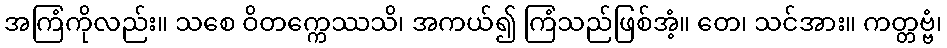
အကြံကိုလည်း။ သစေ ဝိတက္ကေဿသိ၊ အကယ်၍ ကြံသည်ဖြစ်အံ့။ တေ၊ သင်အား။ ကတ္တဗ္ဗံ၊